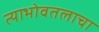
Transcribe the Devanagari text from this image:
त्याभोवतलाचा